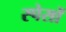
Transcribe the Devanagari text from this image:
स्पेसों